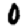
Digit: 0